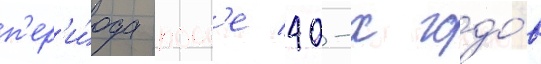
п'ер'и́ода посл'е 40-х годо́в